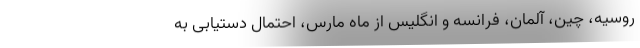
روسیه، چین، آلمان، فرانسه و انگلیس از ماه مارس، احتمال دستیابی به